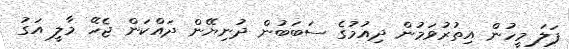
ފަލަ މީހުން އިތުރުވަމުން ދިއުމުގެ ސަބަބުން ދުނިޔޭން ދައްކަން ޖެހޭ މާލީ އަގު